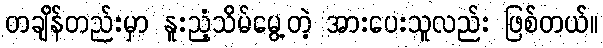
တချိန်တည်းမှာ နူးညံ့သိမ်မွေ့တဲ့ အားပေးသူလည်း ဖြစ်တယ်။